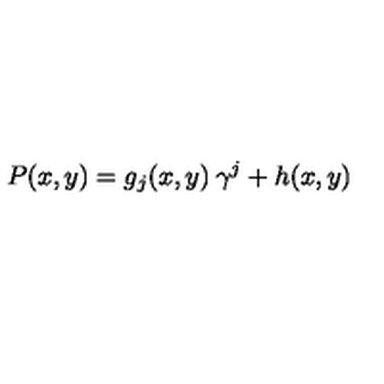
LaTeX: P ( x , y ) = g _ { j } ( x , y ) \: \gamma ^ { j } + h ( x , y )